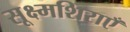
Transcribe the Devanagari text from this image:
सूक्ष्मशिराएँ